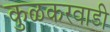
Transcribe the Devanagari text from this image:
कुळकरवाडी